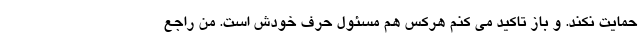
حمایت نکند. و باز تاکید می کنم هرکس هم مسئول حرف خودش است. من راجع